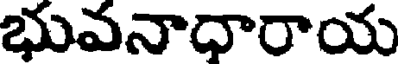
భువనాధారాయ